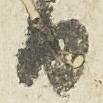
日